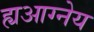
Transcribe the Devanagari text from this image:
ह्यआग्नेय